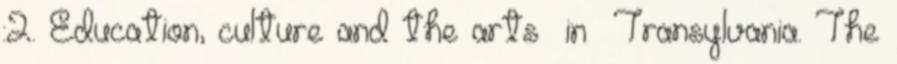
:2. Education, culture and the arts in Transylvania. The